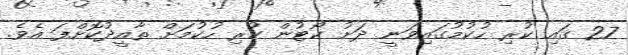
27 ގައި ކުރި ހުކުމުގައިވަނީ ދަށު ކޯޓުން ކުރި ހުކުމަށް ތާއީދުކޮށްފަ އެވެ.